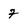
Character: 7